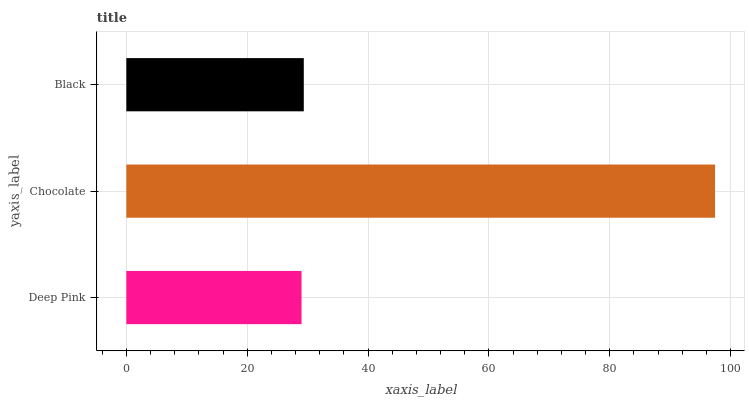
| yaxis_label | bars |
 | --- | --- |
 | Deep Pink | 29 |
 | Chocolate | 97.4 |
 | Black | 29.4 |